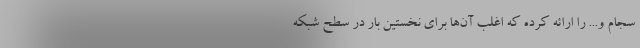
سجام و... را ارائه کرده که اغلب آن‌ها برای نخستین بار در سطح شبکه